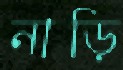
নাড়ি